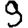
Digit: 9